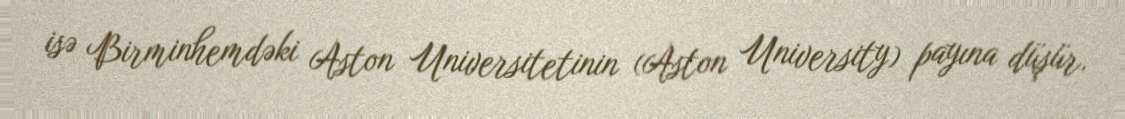
isə Birminhemdəki Aston Universitetinin (Aston University) payına düşür.